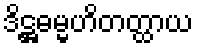
ဒိဋ္ဌဓမ္မဟိတတ္ထာယ